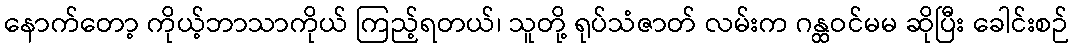
နောက်တော့ ကိုယ့်ဘာသာကိုယ် ကြည့်ရတယ်၊ သူတို့ ရုပ်သံဇာတ် လမ်းက ဂန္ထဝင်မမ ဆိုပြီး ခေါင်းစဉ်